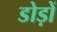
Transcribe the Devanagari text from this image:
डोड़ों